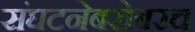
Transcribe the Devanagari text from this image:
संघटनेबरोबरच